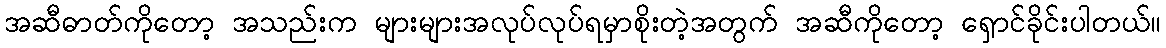
အဆီဓာတ်ကိုတော့ အသည်းက များများအလုပ်လုပ်ရမှာစိုးတဲ့အတွက် အဆီကိုတော့ ရှောင်ခိုင်းပါတယ်။